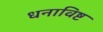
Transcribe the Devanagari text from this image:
धनाविष्ट